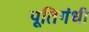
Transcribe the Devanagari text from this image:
पूतिगंधी